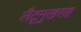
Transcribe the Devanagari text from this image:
लैटूमुखराह